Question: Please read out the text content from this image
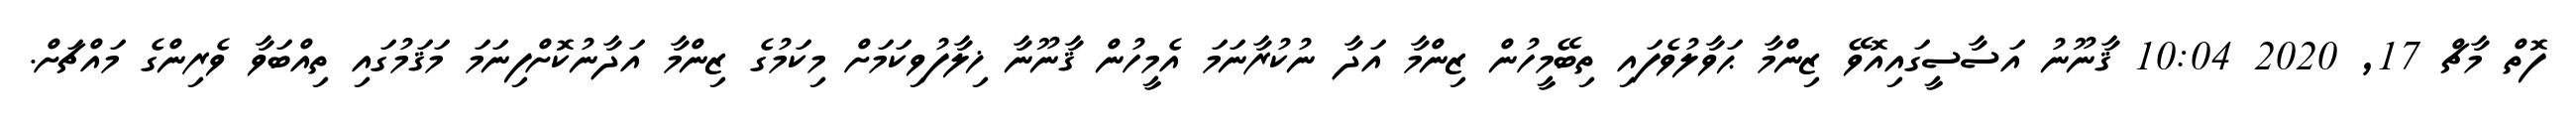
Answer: ފޮތް މާޗް 17, 2020 10:04 ޤާނޫނު އަސާސީގައިއޮވޭ ޒިންމާ ޙަވާލުވެފައި ތިބޭމީހުން ޒިންމާ އަދާ ނުކުރާނަމަ އެމީހުން ޤާނޫނާ ޚިލާފުވިކަމަށް މިކަމުގެ ޒިންމާ އަދާނުކޮށްފިނަމަ މަޤަމުގައި ތިއްބަވާ ވެރިންގެ މައްޗަށް.